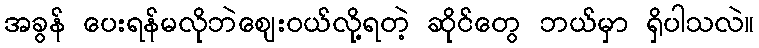
အခွန် ပေးရန်မလိုဘဲဈေးဝယ်လို့ရတဲ့ ဆိုင်တွေ ဘယ်မှာ ရှိပါသလဲ။